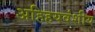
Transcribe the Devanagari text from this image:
अहिहयवंशीय